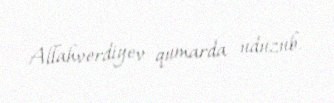
Allahverdiyev qumarda uduzub.